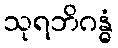
သုရဘိဂန္ဓံ